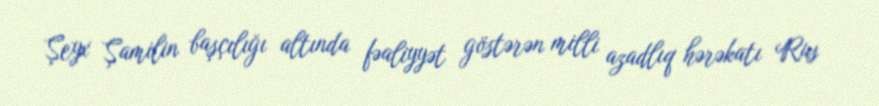
Şeyx Şamilin başçılığı altında fəaliyyət göstərən milli azadlıq hərəkatı Rus